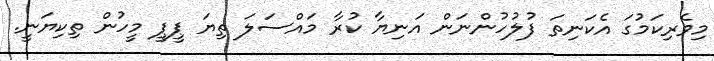
މިވެރިކަމުގަ އެކަނިތަ ފުލުހުންނަން އަނިޔާ ކުރާ މައްސަލަ ތިޔަ ޕީޕީ މީހުން ތިކިޔަނީ.